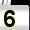
Digit: 5